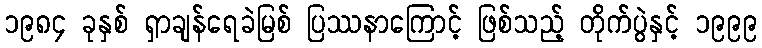
၁၉၈၄ ခုနှစ် ရှာချန်ရေခဲမြစ် ပြဿနာကြောင့် ဖြစ်သည့် တိုက်ပွဲနှင့် ၁၉၉၉